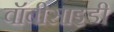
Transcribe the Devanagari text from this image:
वॉबीसाइडी